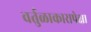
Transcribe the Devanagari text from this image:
वर्तुळाकारापेक्षा